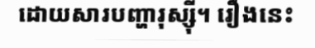
ដោយសារបញ្ហារុស្ស៊ី។ រឿងនេះ